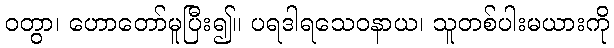
ဝတွာ၊ ဟောတော်မူပြီး၍။ ပရဒါရသေဝနာယ၊ သူတစ်ပါးမယားကို